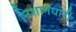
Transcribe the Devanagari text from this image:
निशानधारी